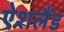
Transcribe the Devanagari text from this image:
ऐशलैंड